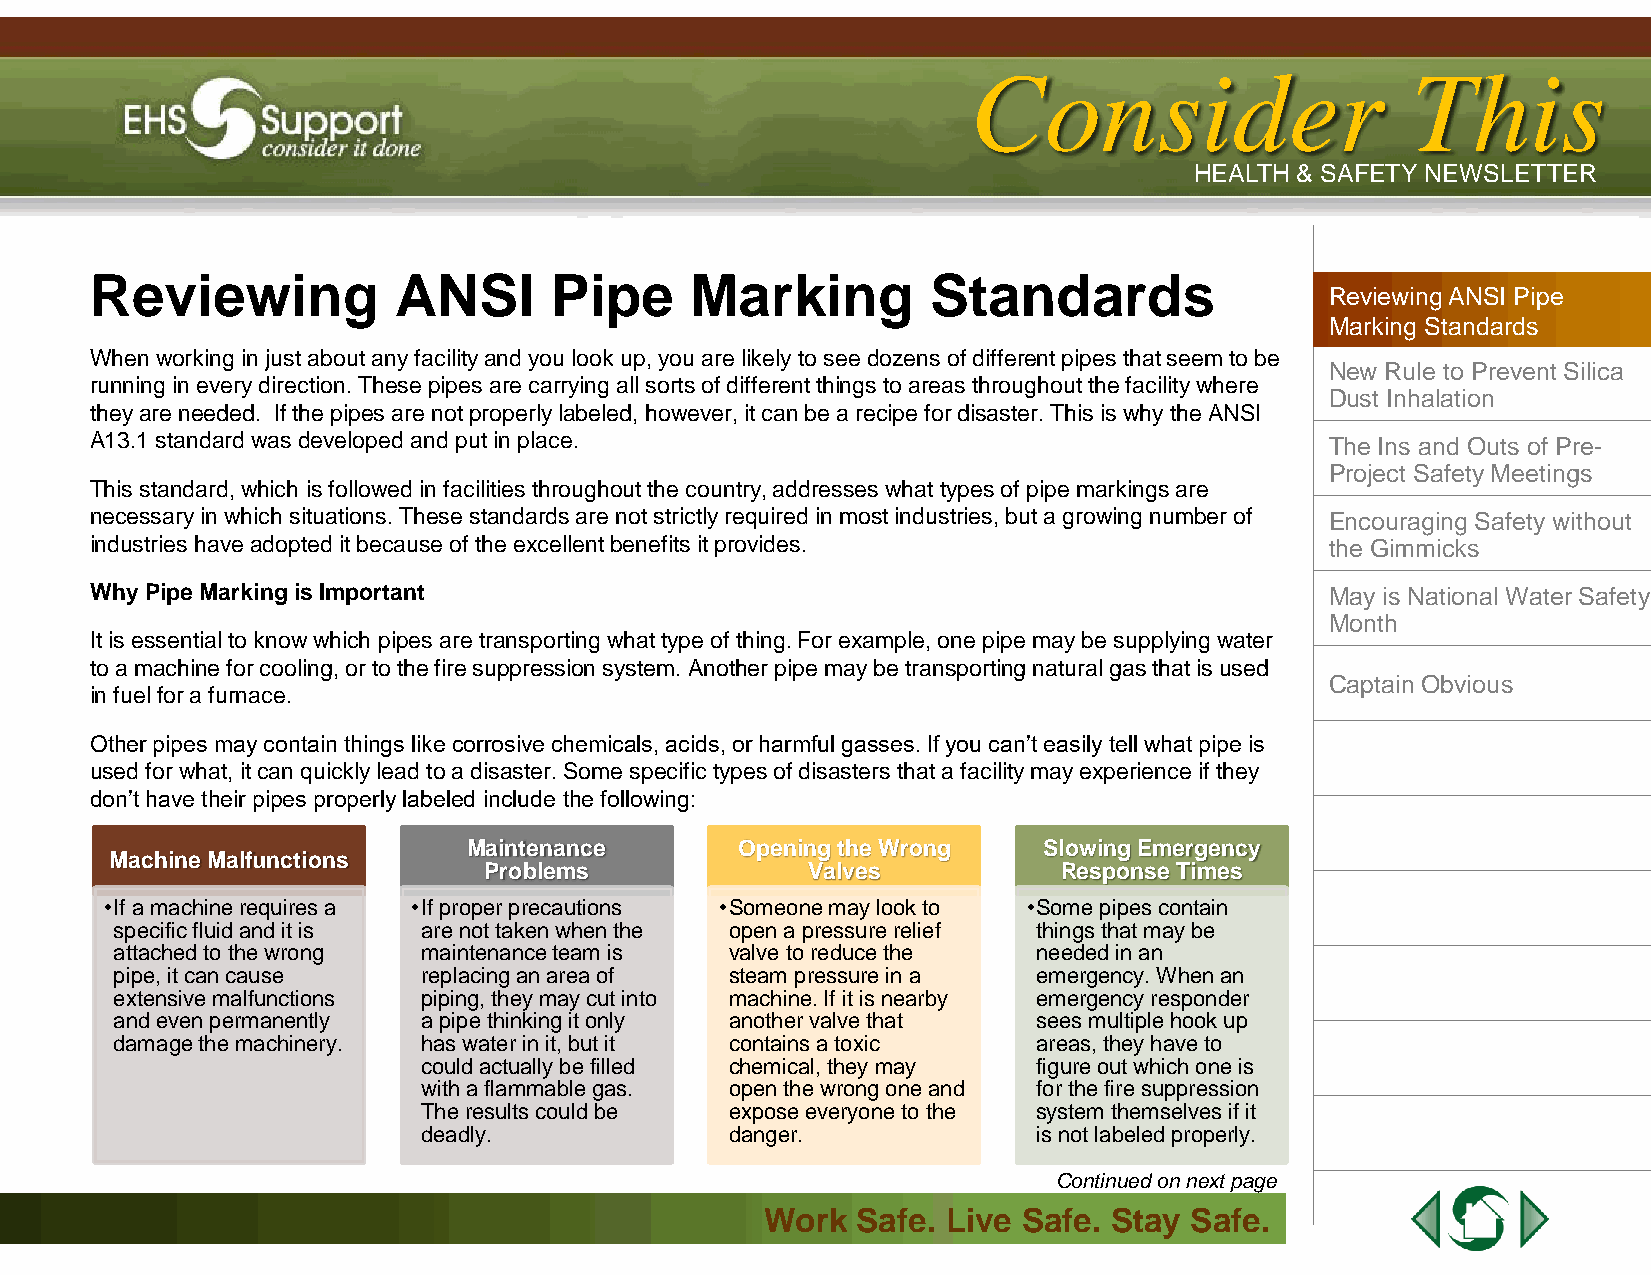
IIssssuuee 44 || AApprriill 22001133
 CCoonnssiiddeerr             TThhiiss
 HHEEAALLTTHH && SSAAFFEETTYY NNEEWWSSLLEETTTTEERR
 Reviewing           ANSI      Pipe      Marking         Standards
 Reviewing ANSI Pipe
 Marking Standards
 When working in just about any facility and you look up, you are likely to see dozens of different pipes that seem to be
 New Rule to Prevent Silica
 running in every direction. These pipes are carrying all sorts of different things to areas throughout the facility where
 Dust Inhalation
 they are needed. If the pipes are not properly labeled, however, it can be a recipe for disaster. This is why the ANSI
 A13.1 standard was developed and put in place.                                    The Ins and Outs of Pre-
 Project Safety Meetings
 This standard, which is followed in facilities throughout the country, addresses what types of pipe markings are
 necessary in which situations. These standards are not strictly required in most industries, but a growing number of Encouraging Safety without
 industries have adopted it because of the excellent benefits it provides.         the Gimmicks
 Why Pipe Marking is Important                                                     May is National Water Safety
 Month
 It is essential to know which pipes are transporting what type of thing. For example, one pipe may be supplying water
 to a machine for cooling, or to the fire suppression system. Another pipe may be transporting natural gas that is used
 Captain Obvious
 in fuel for a furnace.
 Other pipes may contain things like corrosive chemicals, acids, or harmful gasses. If you can’t easily tell what pipe is
 used for what, it can quickly lead to a disaster. Some specific types of disasters that a facility may experience if they
 don’t have their pipes properly labeled include the following:
 Maintenance       Opening the Wrong   Slowing Emergency
 Machine Malfunctions
 Problems             Valves           Response Times
 •If a machine requires a •If proper precautions •Someone may look to •Some pipes contain
 specific fluid and it is are not taken when the open a pressure relief things that may be
 attached to the wrong maintenance team is valve to reduce the needed in an
 pipe, it can cause  replacing an area of steam pressure in a emergency. When an
 extensive malfunctions piping, they may cut into machine. If it is nearby emergency responder
 and even permanently a pipe thinking it only another valve that sees multiple hook up
 damage the machinery. has water in it, but it contains a toxic areas, they have to
 could actually be filled chemical, they may figure out which one is
 with a flammable gas. open the wrong one and for the fire suppression
 The results could be expose everyone to the system themselves if it
 deadly.             danger.              is not labeled properly.
 Continued on next page
 WWoorrkk SSaaffee.. LLiivvee SSaaffee.. SSttaayy SSaaffee..